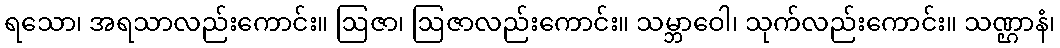
ရသော၊ အရသာလည်းကောင်း။ ဩဇာ၊ ဩဇာလည်းကောင်း။ သမ္ဘာဝေါ၊ သုက်လည်းကောင်း။ သဏ္ဌာနံ၊